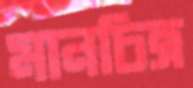
মানচিত্র